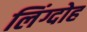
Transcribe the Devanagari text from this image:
लिंग्दोह